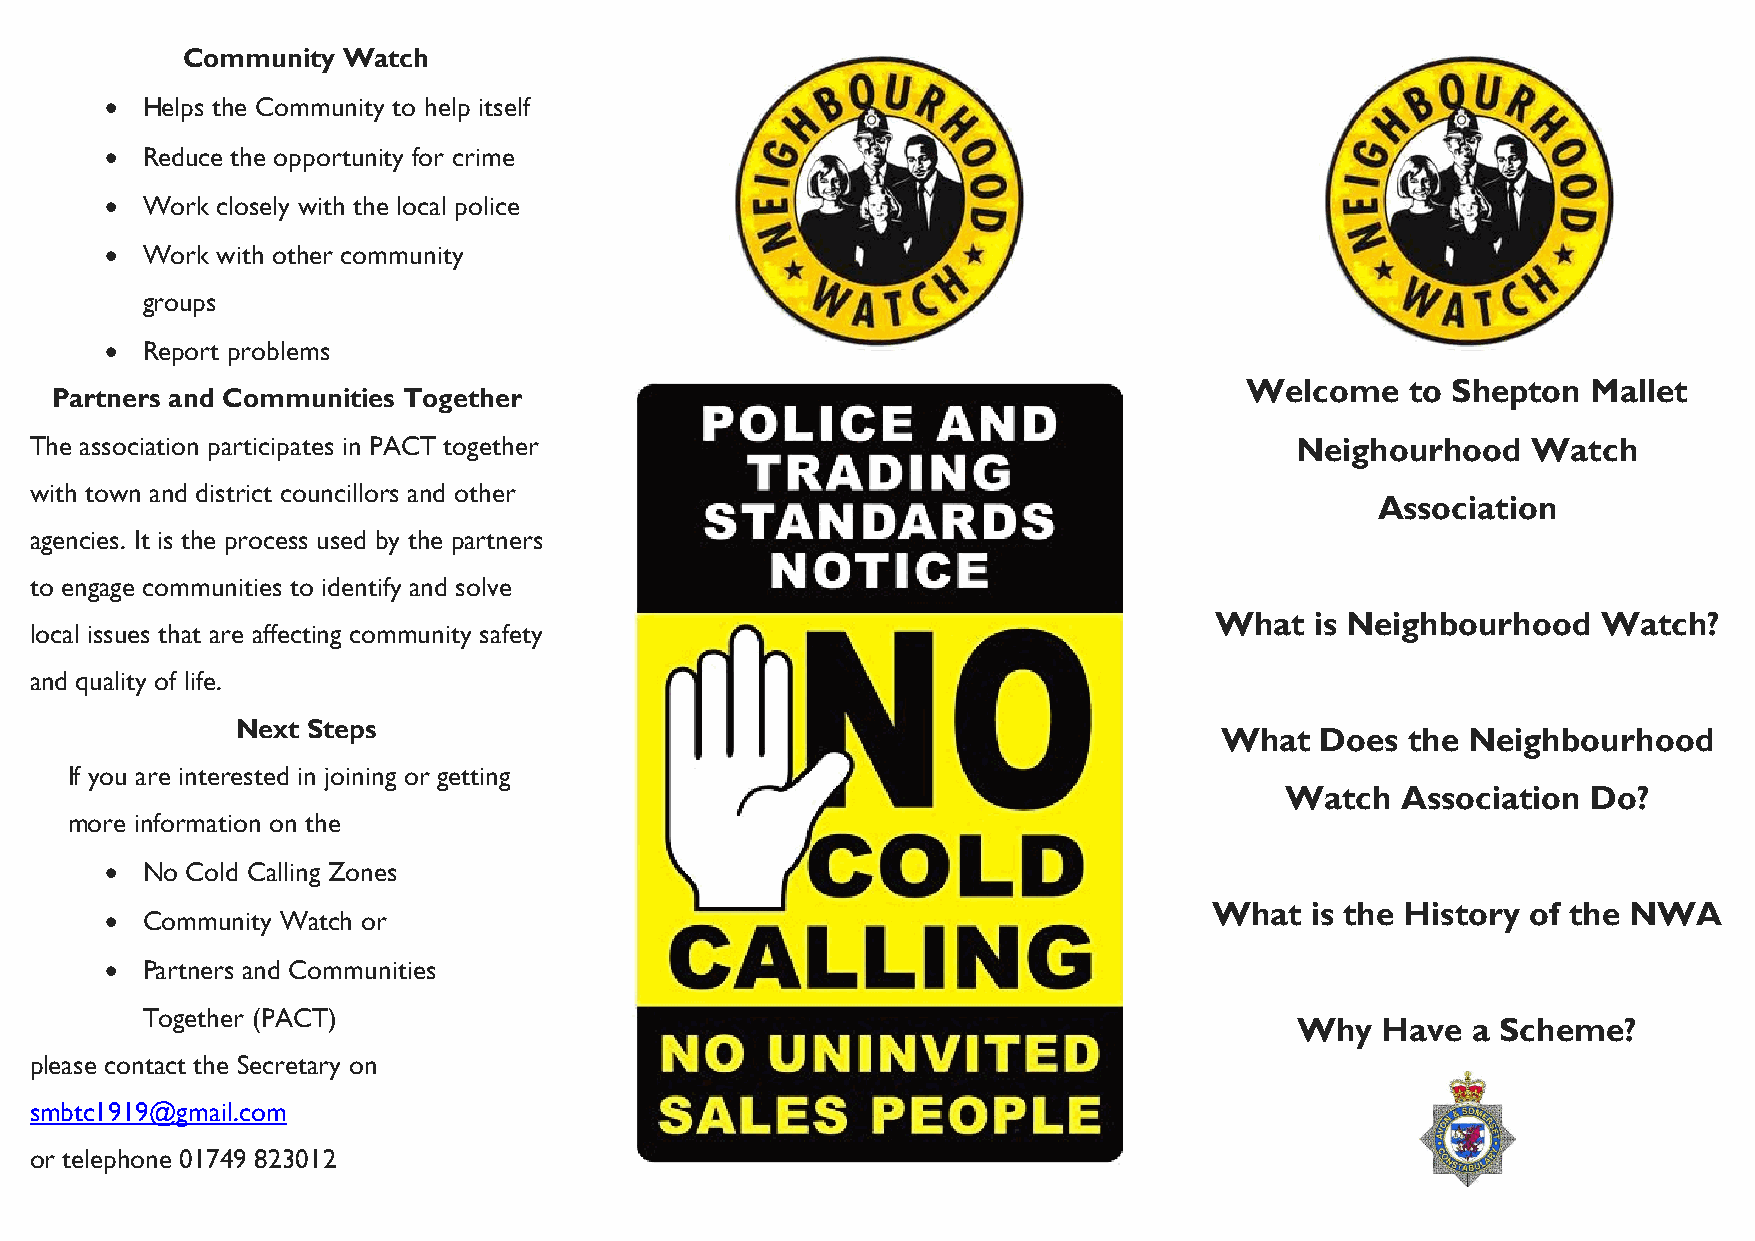
Community  Watch
  Helps the Community to help itself
  Reduce the opportunity for crime
  Work closely with the local police
  Work with other community
 groups
  Report problems
 Welcome    to Shepton  Mallet
 Partners and Communities Together
 The association participates in PACT together                                       Neighourhood   Watch
 with town and district councillors and other
 Association
 agencies. It is the process used by the partners
 to engage communities to identify and solve
 What   is Neighbourhood   Watch?
 local issues that are affecting community safety
 and quality of life.
 Next Steps
 What  Does  the Neighbourhood
 If you are interested in joining or getting
 Watch   Association Do?
 more information on the
  No Cold Calling Zones
 What   is the History of the NWA
  Community Watch or
  Partners and Communities
 Together (PACT)
 Why  Have  a Scheme?
 please contact the Secretary on
 smbtc1919@gmail.com
 or telephone 01749 823012